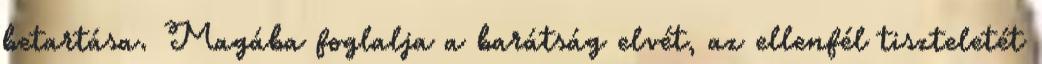
betartása. Magába foglalja a barátság elvét, az ellenfél tiszteletét